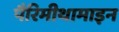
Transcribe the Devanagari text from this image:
पैरिमीथामाइन